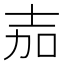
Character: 𭐒